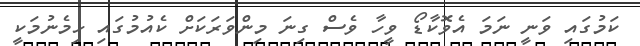
ކަމުގައި ވަނީ ނަމަ އެވޮކާޑޯ ވީހާ ވެސް ގިނަ މިންވަރަކަށް ކެއުމުގައި ހިމެނުމަކީ